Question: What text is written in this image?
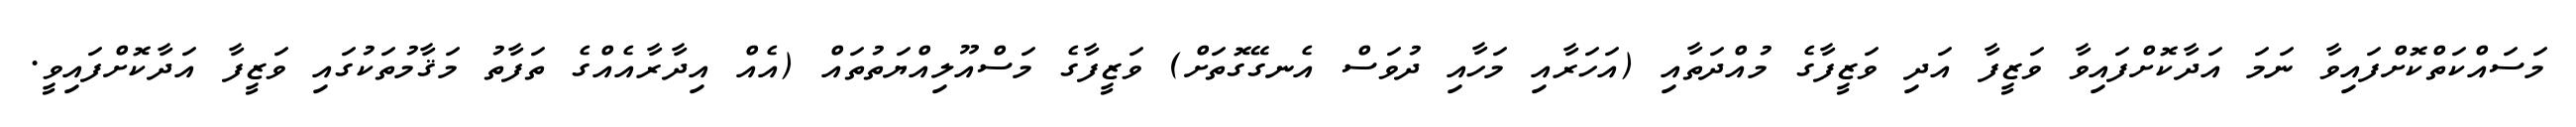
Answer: މަސައްކަތްކޮށްފައިވާ ނަމަ އަދާކޮށްފައިވާ ވަޒީފާ އަދި ވަޒީފާގެ މުއްދަތާއި (އަހަރާއި މަހާއި ދުވަސް އެނގޭގޮތަށް) ވަޒީފާގެ މަސްއޫލިއްޔަތުތައް (އެއް އިދާރާއެއްގެ ތަފާތު މަޤާމުތަކުގައި ވަޒީފާ އަދާކޮށްފައިވީ.